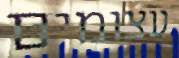
עצומים